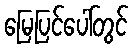
မြေပြင်ပေါ်တွင်